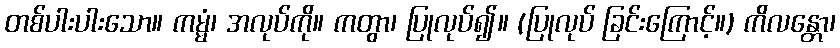
တစ်ပါးပါးသော။ ကမ္မံ၊ အလုပ်ကို။ ကတွာ၊ ပြုလုပ်၍။ (ပြုလုပ် ခြင်းကြောင့်။) ကိလန္တော၊